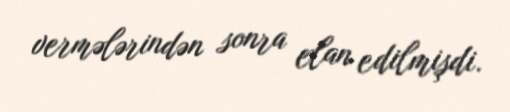
vermələrindən sonra elan edilmişdi.